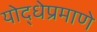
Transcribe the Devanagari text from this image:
योद्धेप्रमाणे